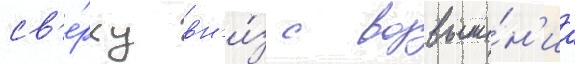
св'е́рху вн'и́з с возвыше́н'иа